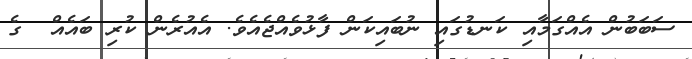
ސަބަބުން އެއްގަމާއި ކަނޑުގައި ނުބައިކަން ފާޅުވެއްޖެއެވެ. އެއުރެން ކުރި ބައެއް  ގެ